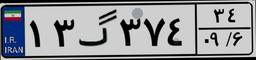
۱۳گ۳۷۴۳۴